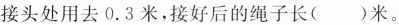
接头处用去0.3米，接好后的绳子长()米。